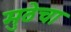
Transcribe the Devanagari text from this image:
मुठेचा